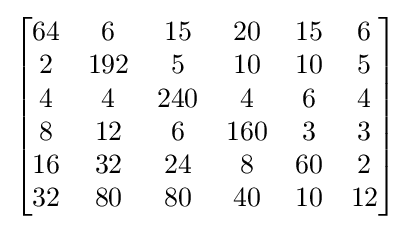
{\begin{bmatrix}{\begin{matrix}64&6&15&20&15&6\\2&192&5&10&10&5\\4&4&240&4&6&4\\8&12&6&160&3&3\\16&32&24&8&60&2\\32&80&80&40&10&12\end{matrix}}\end{bmatrix}}